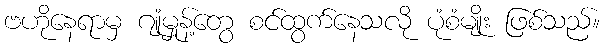
ဗဟိုနေရာမှ ဂျုံမှုန့်တွေ စင်ထွက်နေသလို ပုံစံမျိုး ဖြစ်သည်။